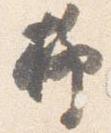
柳